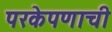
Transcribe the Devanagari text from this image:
परकेपणाची